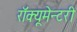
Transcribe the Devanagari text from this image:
रॉक्यूमेन्टरी